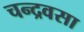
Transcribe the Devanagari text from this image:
चन्द्रवसा